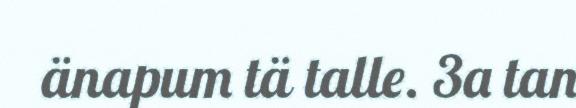
änapum tä talle. 3a tan